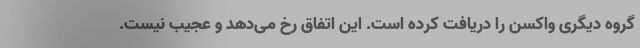
گروه دیگری واکسن را دریافت کرده است. این اتفاق رخ می‌دهد و عجیب نیست.